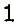
1